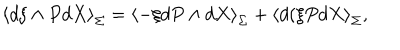
\left\langle d \xi \wedge P d X \right\rangle _ { \Sigma } = \left\langle - \xi d P \wedge d X \right\rangle _ { \Sigma } + \left\langle d ( \xi P d X \right\rangle _ { \Sigma } , \nonumber